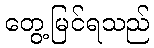
တွေ့မြင်ရသည်